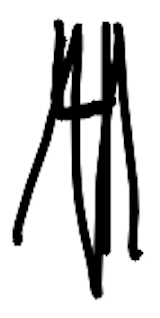
Text: 4
Cross-out: zig-zag
Writing tool: digital_black